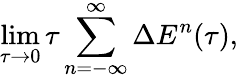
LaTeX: \operatorname*{lim}_{\tau\rightarrow 0}\tau\sum_{n=-\infty}^{\infty}\Delta E^{n}(\tau),